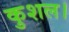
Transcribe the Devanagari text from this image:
कुशल।